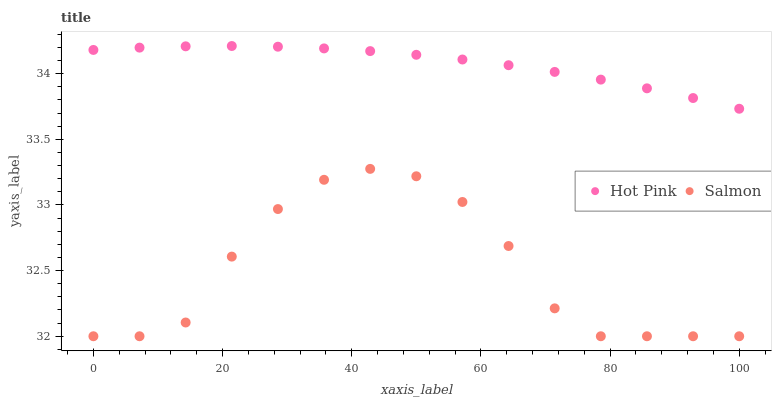
| xaxis_label | Hot Pink | Salmon |
 | --- | --- | --- |
 | 0 | 34.2 | 32 |
 | 7.14 | 34.2 | 32 |
 | 14.3 | 34.2 | 32.1 |
 | 21.4 | 34.2 | 32.6 |
 | 28.6 | 34.2 | 33 |
 | 35.7 | 34.2 | 33.2 |
 | 42.9 | 34.2 | 33.3 |
 | 50 | 34.1 | 33.2 |
 | 57.1 | 34.1 | 33 |
 | 64.3 | 34.1 | 32.7 |
 | 71.4 | 34 | 32.2 |
 | 78.6 | 34 | 32 |
 | 85.7 | 33.9 | 32 |
 | 92.9 | 33.8 | 32 |
 | 100 | 33.7 | 32 |